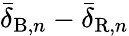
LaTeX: \bar{\delta}_{\mathrm{B},n}-\bar{\delta}_{\mathrm{R},n}